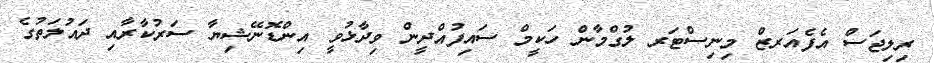
ރިލިޖަސް އެފެއަރޒް މިނިސްޓަރ ލުގްމާން ހަކީމް ސައިފުއްދީން ވިދާޅުވީ އިންޑޮނޭޝިޔާ ސަރުކާރާއި ދައުލަތުގެ